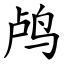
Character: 鸬